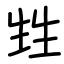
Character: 甡